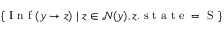
\{ \mathrm { ~ I ~ n ~ f ~ } ( y \to z ) \; | \; z \in \mathcal { N } ( y ) , z . \mathrm { ~ s ~ t ~ a ~ t ~ e ~ = ~ S ~ } \}